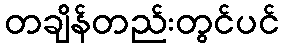
တချိန်တည်းတွင်ပင်